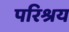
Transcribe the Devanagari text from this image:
परिश्रय